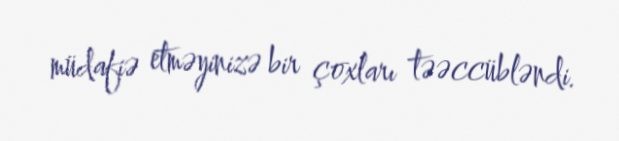
müdafiə etməyinizə bir çoxları təəccübləndi.